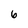
Character: 6